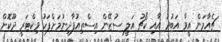
ޗެއާމަން އީވާ އަބުދު އާއި ކޯޗު އަލީ ސުޒޭން އިސްތިއުފާދިނުމަށްފަހު ވިކްޓަރީ ދޫކޮށް